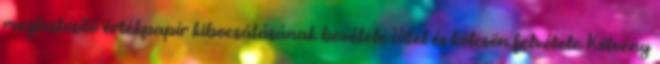
megtestesítő értékpapír kibocsátásának bevétele Hitel és kölcsön felvétele Kötvény